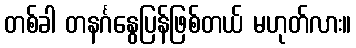
တစ်ခါ တနင်္ဂနွေပြန်ဖြစ်တယ် မဟုတ်လား။